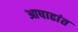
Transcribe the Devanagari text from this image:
आषाढांत